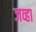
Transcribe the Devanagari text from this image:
जव्हा